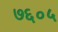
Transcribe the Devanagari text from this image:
७६०५